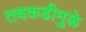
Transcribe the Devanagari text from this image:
तबकडीमुळे